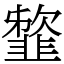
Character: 䪠